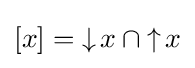
[x]={\mathop {\downarrow } x}\cap {\mathop {\uparrow } x}